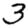
Digit: 3